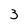
Character: 3